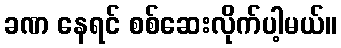
ခဏ နေရင် စစ်ဆေးလိုက်ပါ့မယ်။